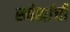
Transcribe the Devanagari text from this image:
स्नेह्यांची